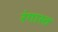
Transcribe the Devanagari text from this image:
रंगास्त